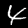
Label: 4